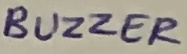
Text: BUZZER